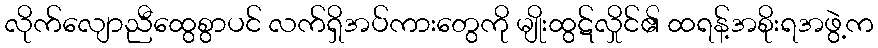
လိုက်လျောညီထွေစွာပင် လက်ရှိအပ်ကားတွေကို မျိုးထွဋ်လှိုင်၏ ထရန့်အစိုးရအဖွဲ့က